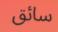
سائق